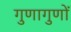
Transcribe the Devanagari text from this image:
गुणागुणों